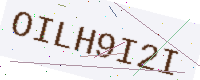
Text: OILH9I2I